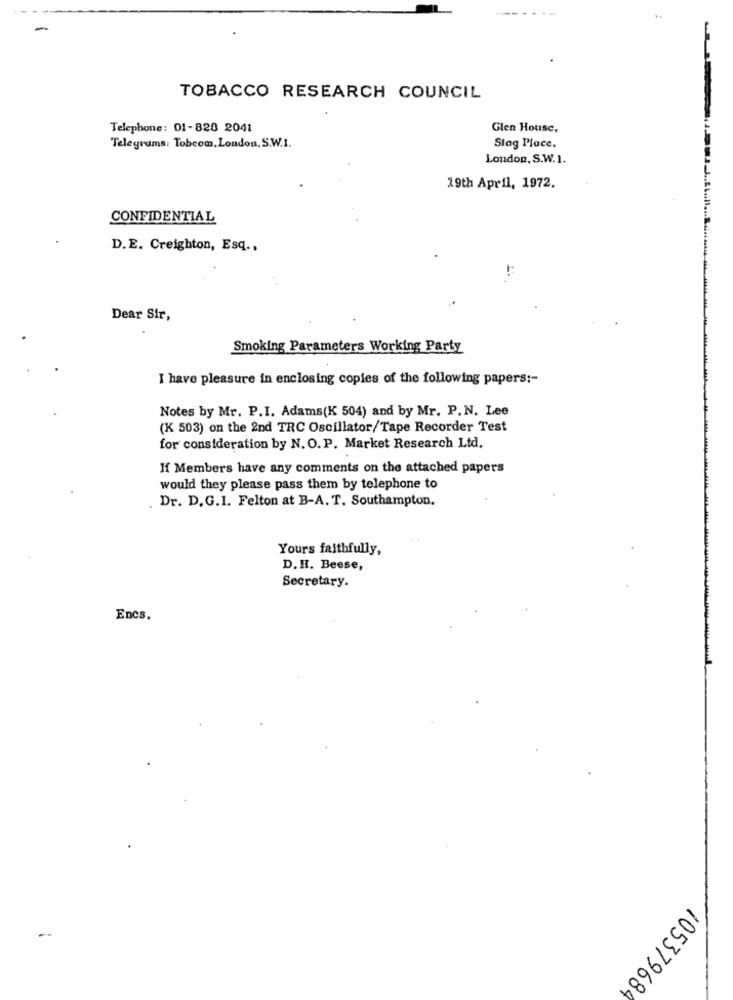
-
TOBACCO RESEARCH COUNCIL
Telephone: 01-820 2041
Glen House,
Telegrams: Tobcom,London, S.W.1.
Slag Place.
London, S.W.1.
19th April, 1972.
CONFIDENTIAL
D.E. Creighton, Esq .,
Dear Sir,
Smoking Parameters Working Party
I have pleasure in enclosing copies of the following papers :-
Notes by Mr. P.I. Adams(K 504) and by Mr. P. N. Lee
(K 503) on the 2nd TRC Oscillator/Tape Recorder Test
for consideration by N. O. P. Market Research Ltd.
If Members have any comments on the attached papers
would they please pass them by telephone to
Dr. D.G.I. Felton at B-A. T. Southampton.
Yours faithfully,
D.H. Beese,
Secretary.
Encs.
105379684